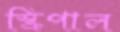
স্ক্রিপাল